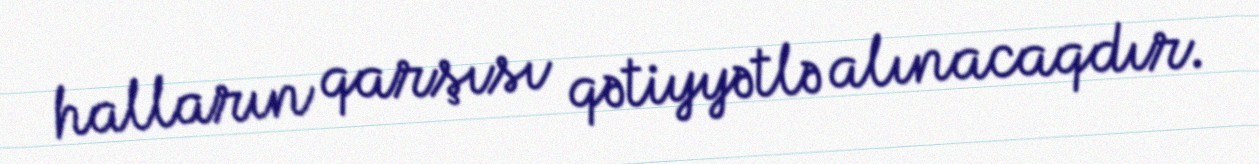
halların qarşısı qətiyyətlə alınacaqdır.